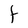
Character: t